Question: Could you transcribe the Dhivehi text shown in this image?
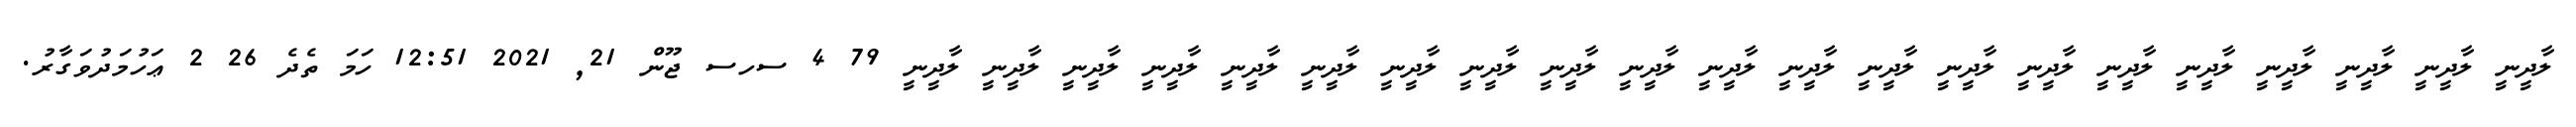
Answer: ލާދީނީ ލާދީނީ ލާދީނީ ލާދީނީ ލާދީނީ ލާދީނީ ލާދީނީ ލާދީނީ ލާދީނީ ލާދީނީ ލާދީނީ ލާދީނީ ލާދީނީ ލާދީނީ ލާދީނީ ލާދީނީ ލާދީނީ ލާދީނީ ލާދީނީ ލާދީނީ ލާދީނީ 79 4 ސހސ ޖޫން 21, 2021 12:51 ހަމަ ތެދެ 26 2 ޢަހުމަދުވަގާރު.